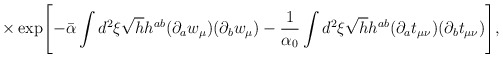
\begin{align*}\times \exp\Biggl[-\bar\alpha\int d^2\xi \sqrt{h} h^{ab} (\partial_a w_\mu)(\partial_b w_\mu)-\frac{1}{\alpha_0}\int d^2\xi \sqrt{h}h^{ab}(\partial_a t_{\mu\nu})(\partial_b t_{\mu\nu})\Biggr],\end{align*}